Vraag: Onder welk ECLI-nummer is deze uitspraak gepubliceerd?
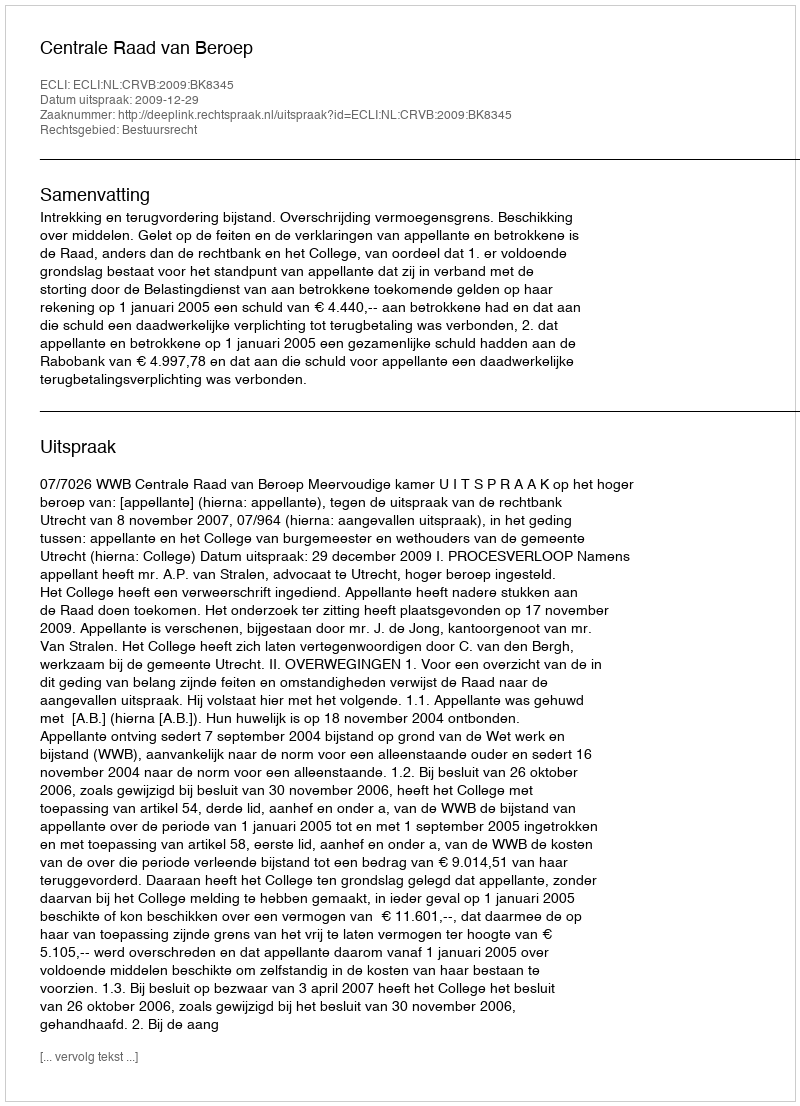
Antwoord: ECLI:NL:CRVB:2009:BK8345